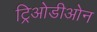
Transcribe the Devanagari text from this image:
ट्रिओडीओन